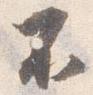
不